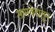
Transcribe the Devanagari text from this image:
सामवेदातून